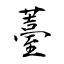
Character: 薹